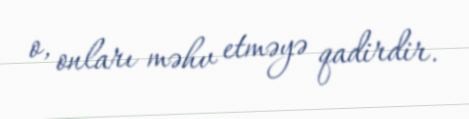
o, onları məhv etməyə qadirdir.